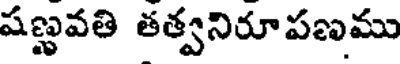
షణ్ఱవతి తత్వనిరూపణము